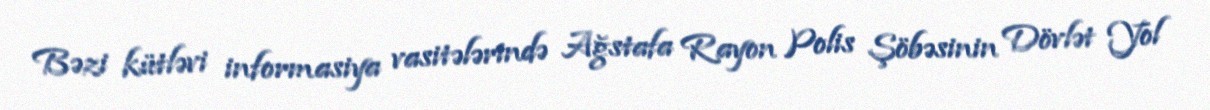
Bəzi kütləvi informasiya vasitələrində Ağstafa Rayon Polis Şöbəsinin Dövlət Yol